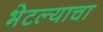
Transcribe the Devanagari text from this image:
भेटल्याचा